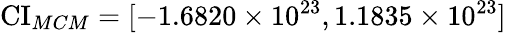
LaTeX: \operatorname{CI}_{MCM}=[-1.6820\times 10^{23},1.1835\times 10^{23}]